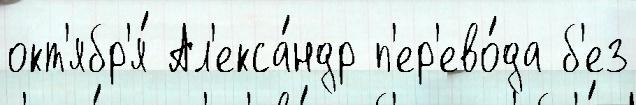
окт'ябр'я́ Ал'екса́ндр п'ер'ево́да б'ез